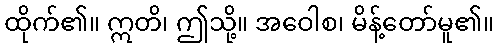
ထိုက်၏။ ဣတိ၊ ဤသို့။ အဝေါစ၊ မိန့်တော်မူ၏။